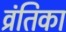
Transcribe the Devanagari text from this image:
व्रंतिका